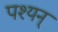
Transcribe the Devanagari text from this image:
पश्यन्‌